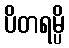
ပိတရမ္ပိ